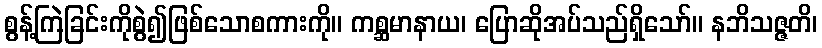
စွန့်ကြဲခြင်းကိုစွဲ၍ဖြစ်သောစကားကို။ ကစ္ဆမာနာယ၊ ပြောဆိုအပ်သည်ရှိသော်။ နဘိသဇ္ဇတိ၊